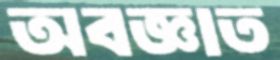
অবজ্ঞাত